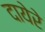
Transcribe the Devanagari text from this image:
दायेरे